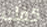
كفك